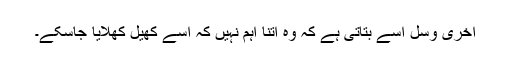
آخری وسل اسے بتاتی ہے کہ وہ اتنا اہم نہیں کہ اسے کھیل کھلایا جاسکے۔